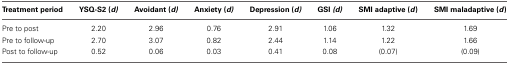
<table><thead><tr><td><b>Treatment period</b></td><td><b>YSQ-S2 (<i>d</i>)</b></td><td><b>Avoidant (<i>d</i>)</b></td><td><b>Anxiety (<i>d</i>)</b></td><td><b>Depression (<i>d</i>)</b></td><td><b>GSI (<i>d</i>)</b></td><td><b>SMI adaptive (<i>d</i>)</b></td><td><b>SMI maladaptive (<i>d</i>)</b></td></tr></thead><tbody><tr><td>Pre to post</td><td>2.20</td><td>2.96</td><td>0.76</td><td>2.91</td><td>1.06</td><td>1.32</td><td>1.69</td></tr><tr><td>Pre to follow-up</td><td>2.70</td><td>3.07</td><td>0.82</td><td>2.44</td><td>1.14</td><td>1.22</td><td>1.66</td></tr><tr><td>Post to follow-up</td><td>0.52</td><td>0.06</td><td>0.03</td><td>0.41</td><td>0.08</td><td>(0.07)</td><td>(0.09)</td></tr></tbody></table>